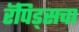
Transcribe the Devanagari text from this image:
रॅपिड्सचा